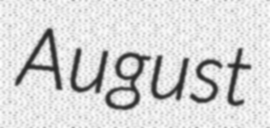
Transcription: August